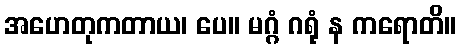
အဟေတုကတာယ၊ ပေ။ မဂ္ဂံ ဂရုံ န ကရောတိ။